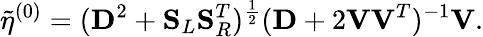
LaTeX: \tilde{\eta}^{(0)}=(\mathbf{D}^{2}+\mathbf{S}_{L}\mathbf{S}_{R}^{T})^{\frac{1}{2}}(\mathbf{D}+2\mathbf{V}\mathbf{V}^{T})^{-1}\mathbf{V}.